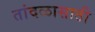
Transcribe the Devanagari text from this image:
तांदळासाठी